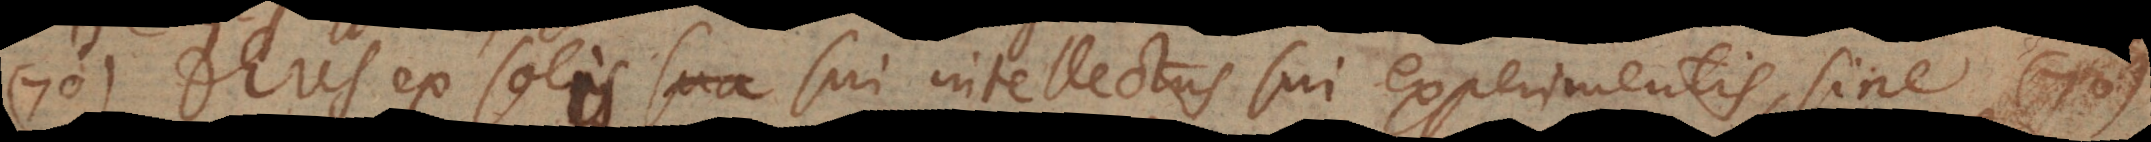
70) Deus ex sola sua solis sui intellectus experimentis, sine